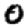
Digit: 0